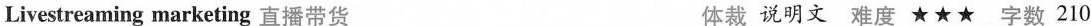
Livestreaming marketing 直播带货 体裁 说明文 难度 ★ ★★ 字数 210